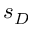
s _ { D }